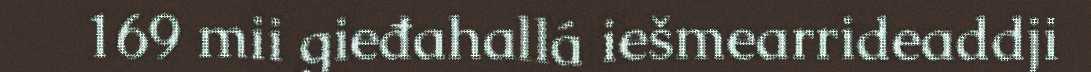
169 mii gieđahallá iešmearrideaddji